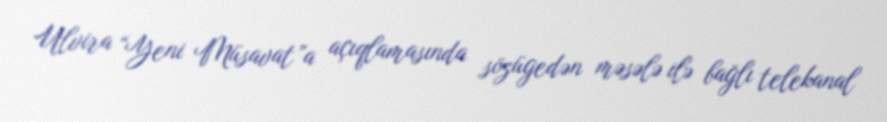
Ulvira “Yeni Müsavat”a açıqlamasında sözügedən məsələ ilə bağlı telekanal